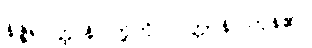
နိဇ္ဇိရဝတ္ထူနိ၊ တို့ကို။ ဝုတ္တာနိ၊ ကုန်၏။